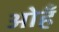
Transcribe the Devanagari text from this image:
ओहँ